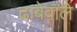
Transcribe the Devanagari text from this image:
ढाबेवाले